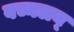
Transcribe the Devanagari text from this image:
वच्नलय्